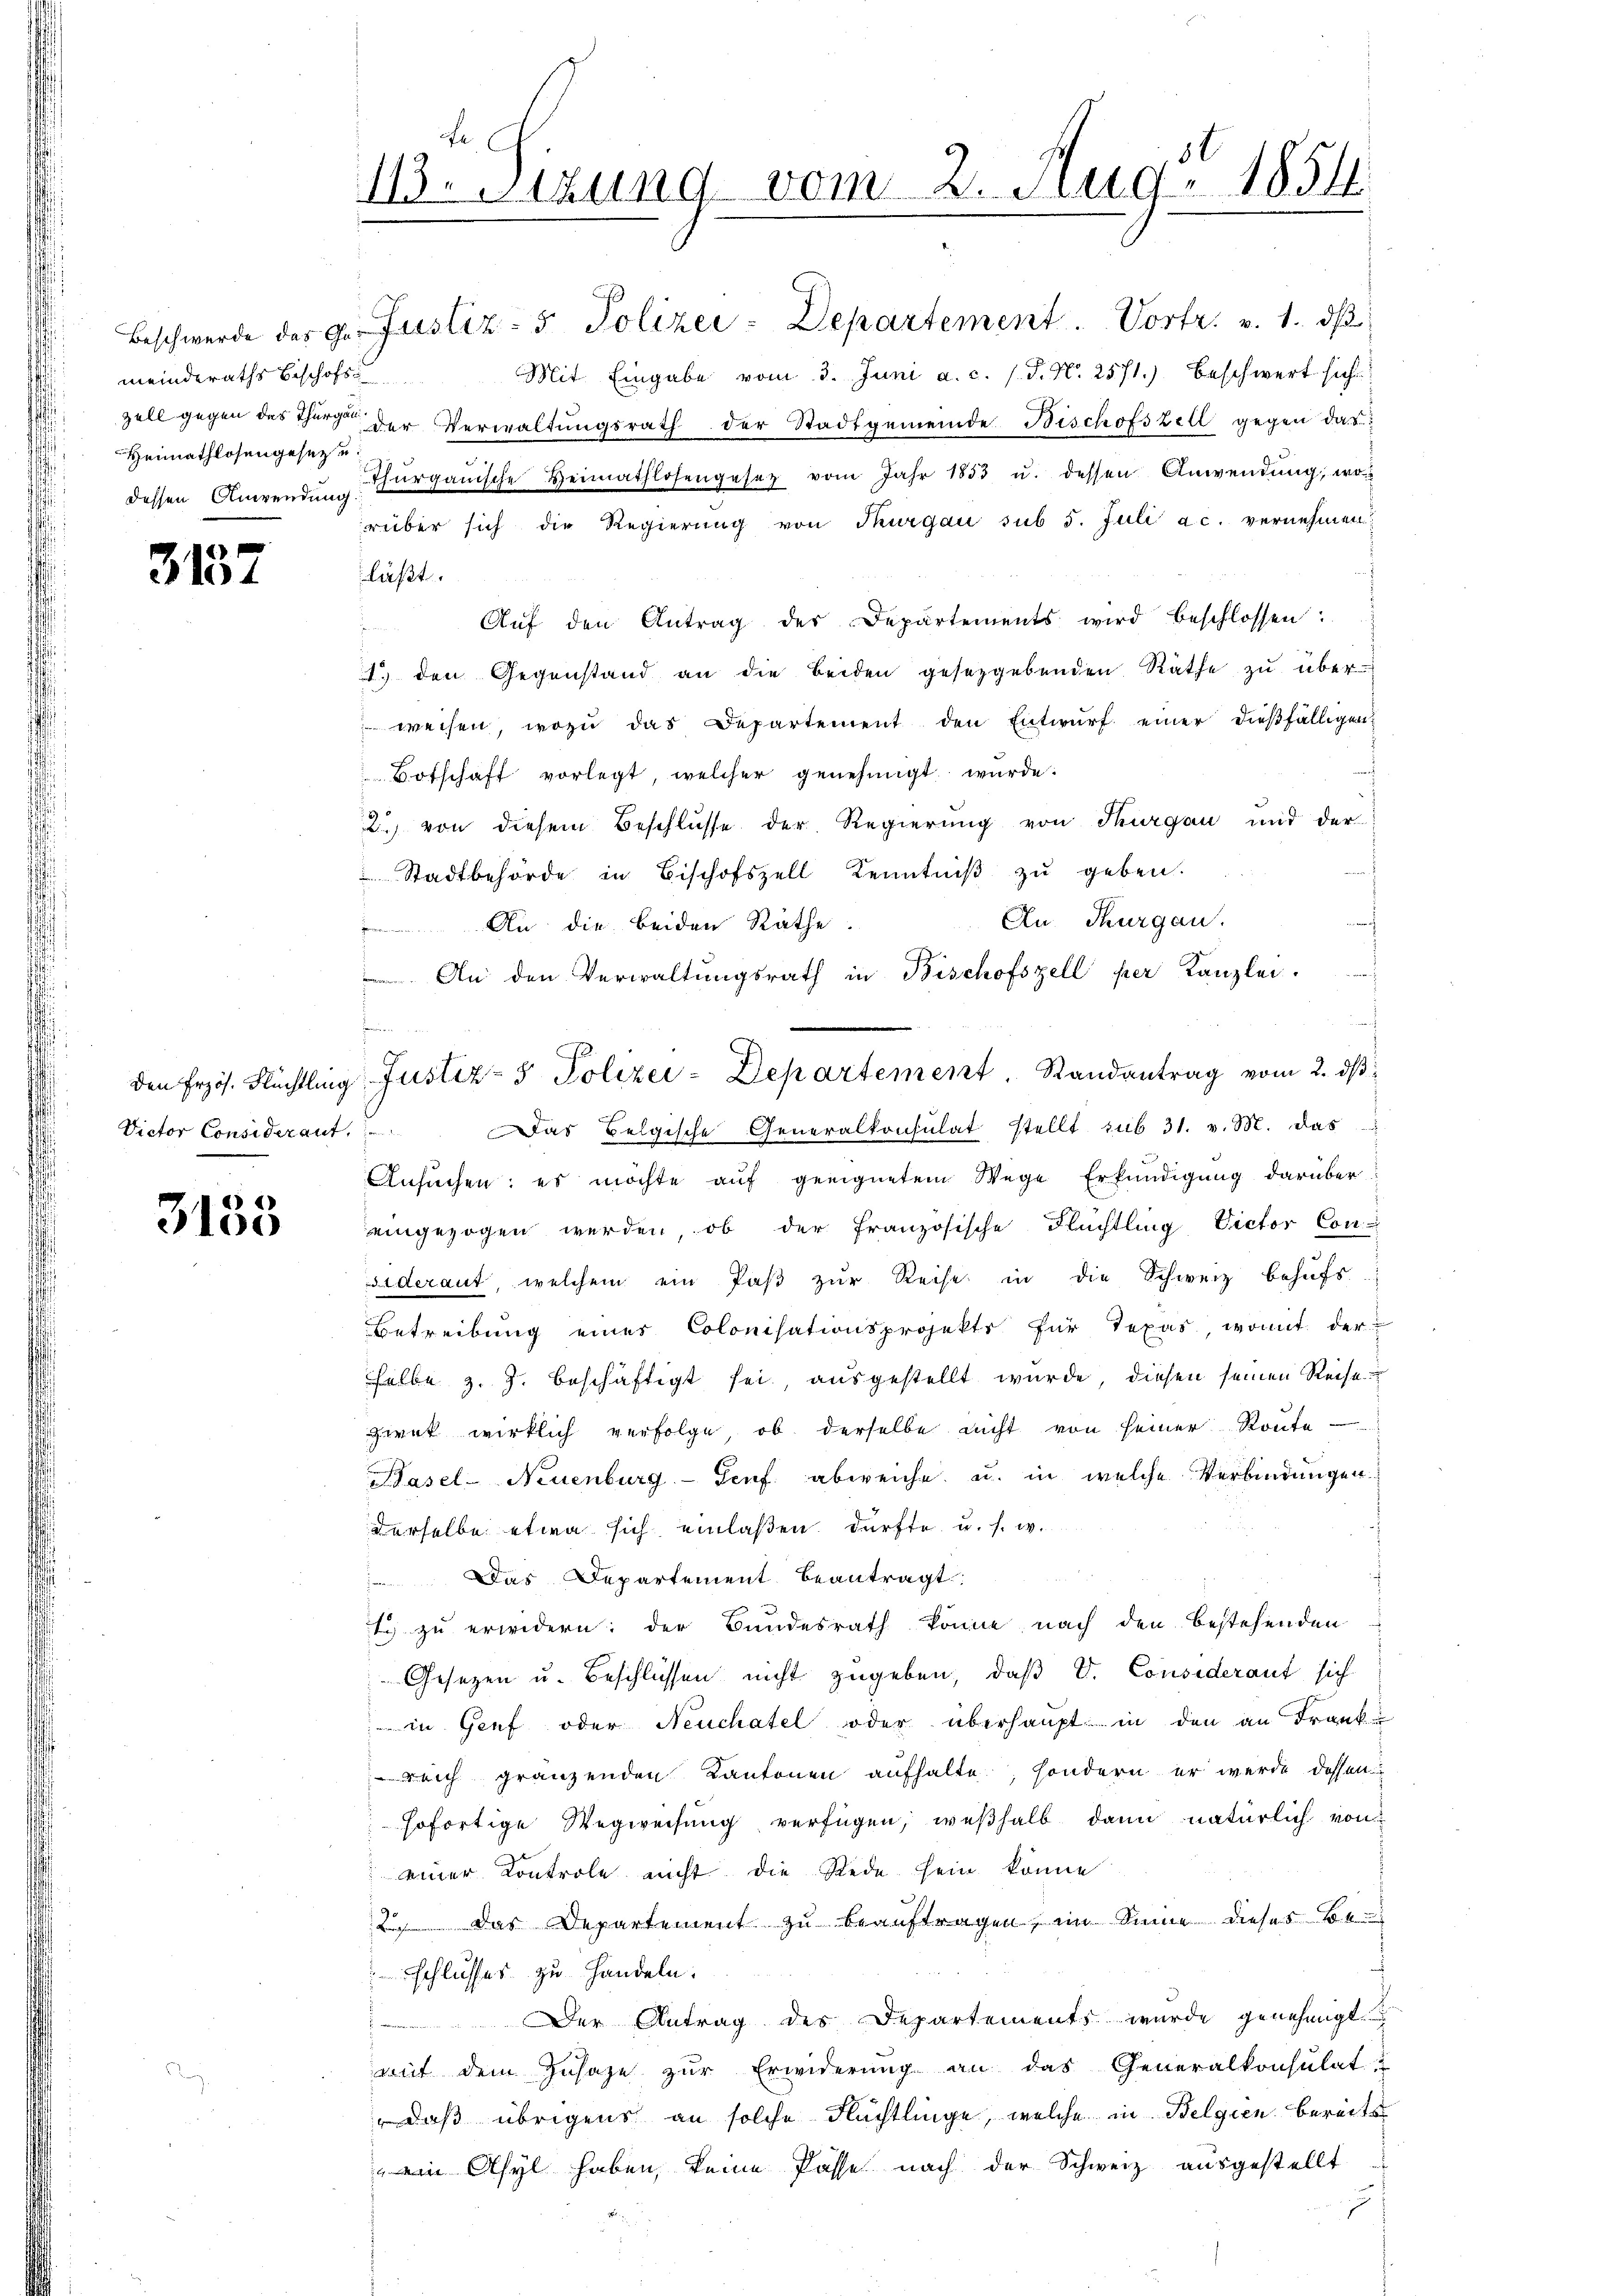
Heimathlosengesetz u.
dessen Anwendung.

3137

Den Erzös. Flüchtling
Victor Considerant.

3135

m

e
113. Sizung vom 2. Aug. 1854

Beschwerde des 9. Justiz- & Polizei-Departement. Vortr. v. 1. dβ
meinderaths beschofs Mit Eingabe vom 3. Juni a. c. l. J. N. 2571.) Beschwert sich
zell gegen des Thurg der Verwaltŭngsrath der Stadtgemeinde Bischofszell gegen das
Thŭrgauische Heimathlosengesetz vom Jahr 1853 u. dessen Anwendŭng, wo
rüber sich die Regierung von Thurgau sub 5. Juli ac. vernehmen.
läßt.
Aŭf den Antrag der Departements wird beschlossen:
1.) den Gegenstand an die beiden gesetzgebenden Räthe zŭ über
 weisen, wozu das Departement den Entwurf einer dießfälligen
Botschaft vorlegt, welcher genehmigt wurde:
2) von diesem Beschlüsse der Regierung von Thurgau mit der
Stadtbehörde in Bischofszell Kenntniβ zŭ geben.
An Thurgau.
 An die beiden Räthe.
 An den Verwaltungsrath in Bischofszell her Kanzlei-
Das Belgische Generalkonsulat stellt sub 31. v. M. das
Ansuchen: es möchte auf geeignetem Wege Erkundigung darüber
eingezogen werden, ob der französische Flüchtling Victor Con-
Siderant, welchem ein Paβ zŭr Reise in die Schweiz behŭfs
Betreibung eines Colonisationsprojekte für Texas, womit der
selbe z. Z. beschäftigt sei, ausgestellt wurde, diesen seinen Reise
zwek wirklich verfolge, ob derselbe nicht von seiner Route
Pasel- Neuenburg - Genf abweiche, u. in welche Verbindungen.
derselbe etwa sich einlaßen. Dürfte, u. s. w.
Das Departement beantragt:
t zu erwidern; der Bundesrath könne nach den bestehenden
Gesezen u. Beschlüssen nicht zugeben, daß V. Consederant sich
in Genf oder Neuchatel oder überhaupt in den an Frank
reich gränzenden Kantonen aufhalte, sondern er werde dessen
sofortige Wegweisung verfügen, weßhalb dann natürlich von
einer Kontrole nicht die Rede sein könne
2 das Departement zu beauftragen, im Sinne dieses Beschlusses zu Handeln.
Der Antrag des Departements wurde genehmigt.
mit dem Zusage zŭr Erwiderung an das Generalkonsulat
 daß übrigens an solche Flüchtlinge, welche in Belgien bereits
 ein Asyl haben, keine Pässe nach der Schweiz ausgestellt
J

e
s
Justiz- & Polizei-Departement. Randantrag vom 2. dβ